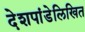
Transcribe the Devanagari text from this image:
देशपांडेलिखित